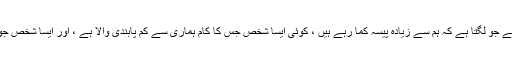
ہم ہمیشہ کسی اور سے حسد کریں گے جو لگتا ہے کہ ہم سے زیادہ پیسہ کما رہے ہیں ، کوئی ایسا شخص جس کا کام ہماری سے کم پابندی والا ہے ، اور ایسا شخص جو ایسا لگتا ہے کہ وہ کیا کر رہا ہے۔